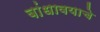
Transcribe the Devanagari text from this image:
बांधावयाचे